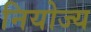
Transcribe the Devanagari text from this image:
नियोज्य